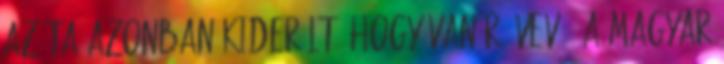
Azóta azonban kiderült, hogy van rá vevő, a magyar